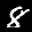
Label: 8